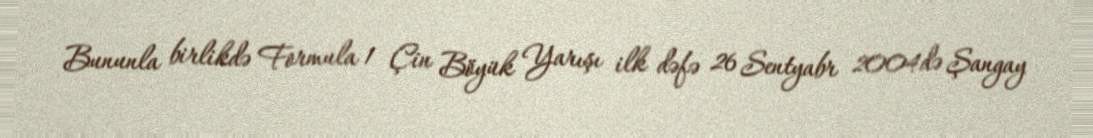
Bununla birlikdə Formula 1 Çin Böyük Yarışı ilk dəfə 26 Sentyabr 2004də Şangay